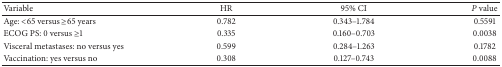
| Variable | HR | 95% CI | P value |
 | --- | --- | --- | --- |
 | Age: <65 versus ≥65 years | 0.782 | 0.343–1.784 | 0.5591 |
 | ECOG PS: 0 versus ≥1 | 0.335 | 0.160–0.703 | 0.0038 |
 | Visceral metastases: no versus yes | 0.599 | 0.284–1.263 | 0.1782 |
 | Vaccination: yes versus no | 0.308 | 0.127–0.743 | 0.0088 |